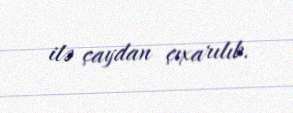
ilə çaydan çıxarılıb.